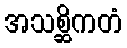
အသစ္ဆိကတံ